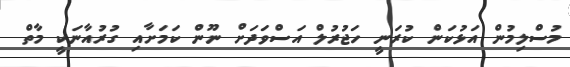
މުސްލިމުން އަޅުކަން ކުރަނީ ހަޖުރުލް އަސްވަދަށް ނޫން ކަމަށާއި ގުރުއާނަކީ މާތް